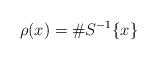
LaTeX: \begin{align*} \rho(x) = \# S^{-1}\{x\}\end{align*}